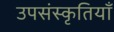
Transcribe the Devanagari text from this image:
उपसंस्कृतियाँ